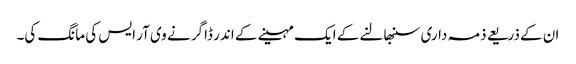
ان کے ذریعے ذمہ داری سنبھالنے کے ایک مہینے کے اندر ڈاگر نے وی آر ایس کی مانگ کی۔